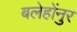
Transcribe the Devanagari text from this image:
बलेहोंनुर